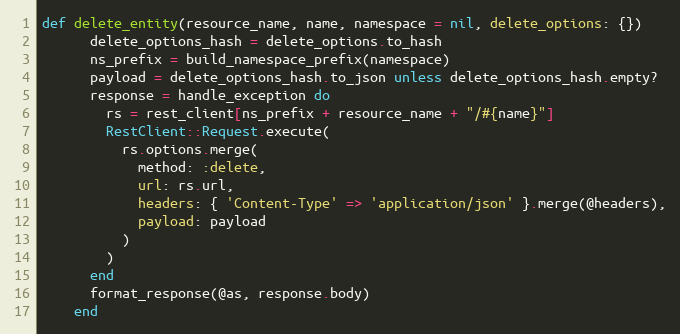
Language: Ruby
def delete_entity(resource_name, name, namespace = nil, delete_options: {})
      delete_options_hash = delete_options.to_hash
      ns_prefix = build_namespace_prefix(namespace)
      payload = delete_options_hash.to_json unless delete_options_hash.empty?
      response = handle_exception do
        rs = rest_client[ns_prefix + resource_name + "/#{name}"]
        RestClient::Request.execute(
          rs.options.merge(
            method: :delete,
            url: rs.url,
            headers: { 'Content-Type' => 'application/json' }.merge(@headers),
            payload: payload
          )
        )
      end
      format_response(@as, response.body)
    end